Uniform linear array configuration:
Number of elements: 16
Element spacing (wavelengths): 0.75
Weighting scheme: cosine
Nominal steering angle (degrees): -30
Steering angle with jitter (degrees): -29.942
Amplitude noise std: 0.05
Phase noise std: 0.05

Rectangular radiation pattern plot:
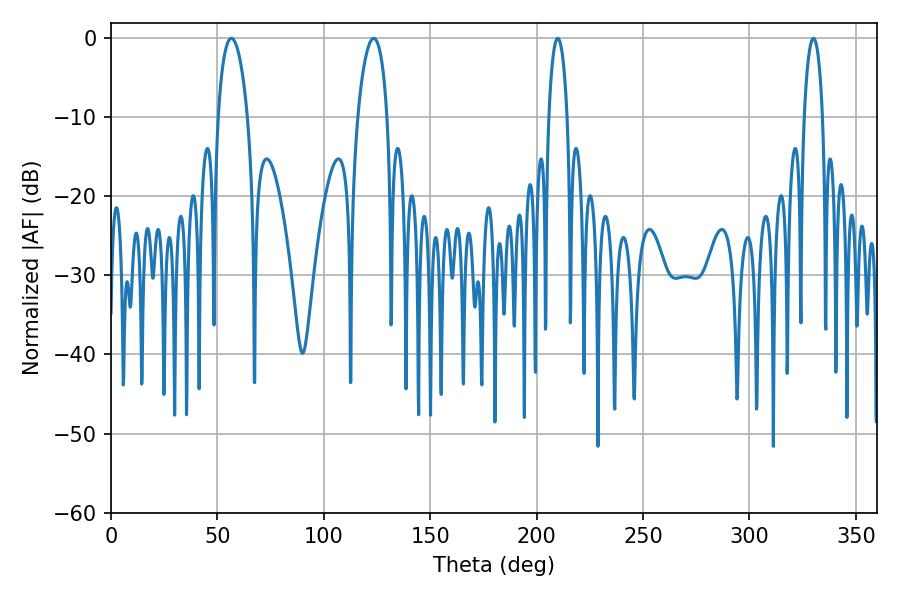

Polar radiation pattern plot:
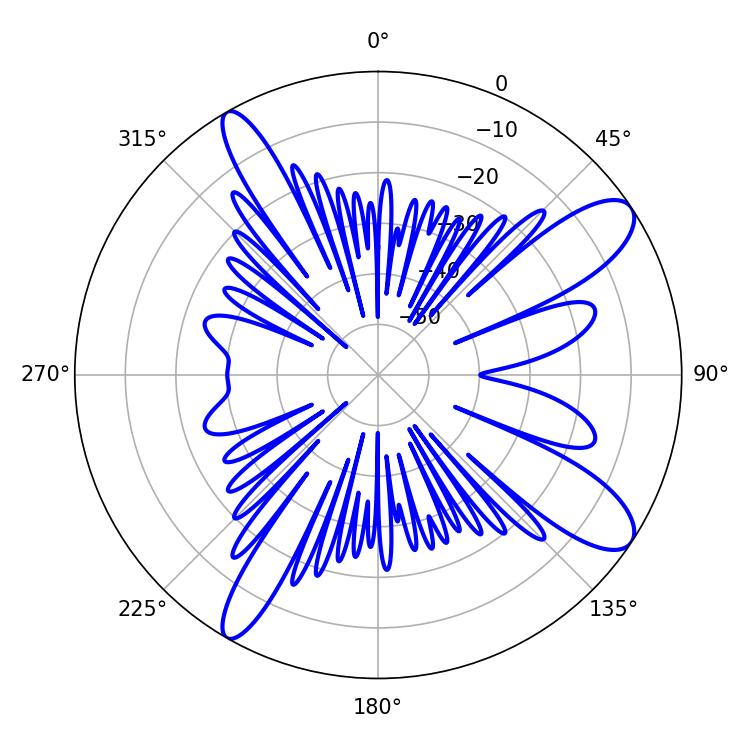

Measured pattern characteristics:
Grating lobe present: TRUE
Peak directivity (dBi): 11.056
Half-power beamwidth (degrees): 7.74
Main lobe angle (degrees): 56.52